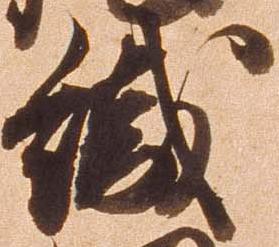
織